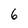
Character: 6